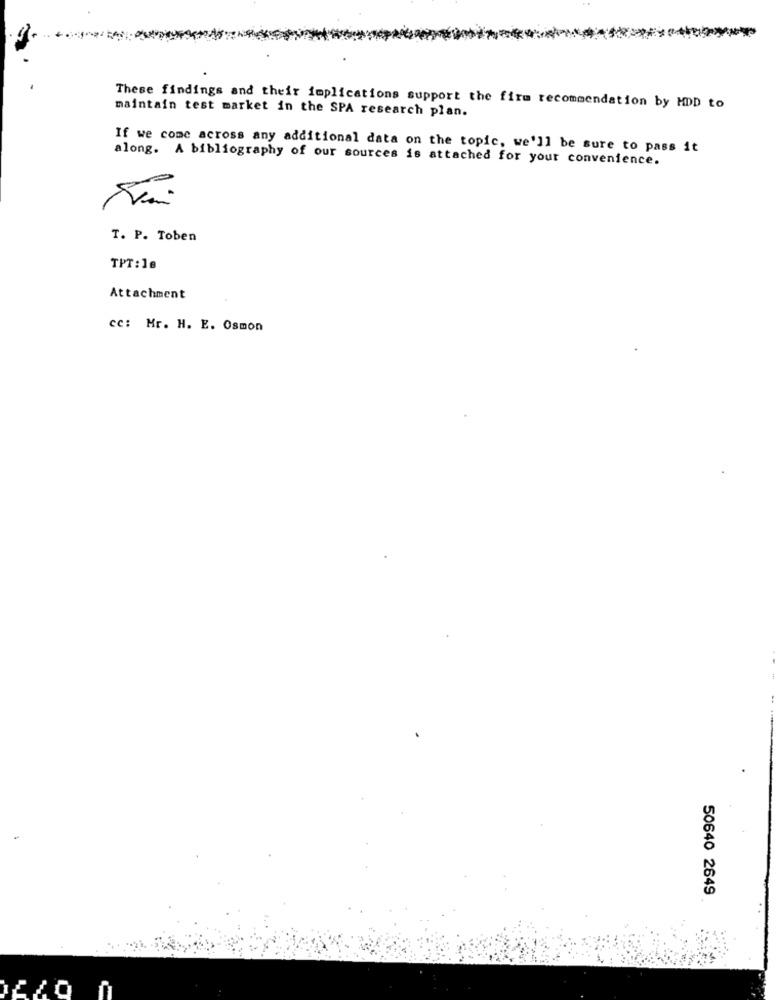
These findings and their implications support the fire recommendation by HDD to
maintain test market in the SPA research plan.
If we come across any additional data on the topic, we'll be sure to pass it
along. A bibliography of our sources is attached for your convenience.
T. P. Toben
TPT:18
Attachment
cc: Mr. H. E. Osmon
50640 2649